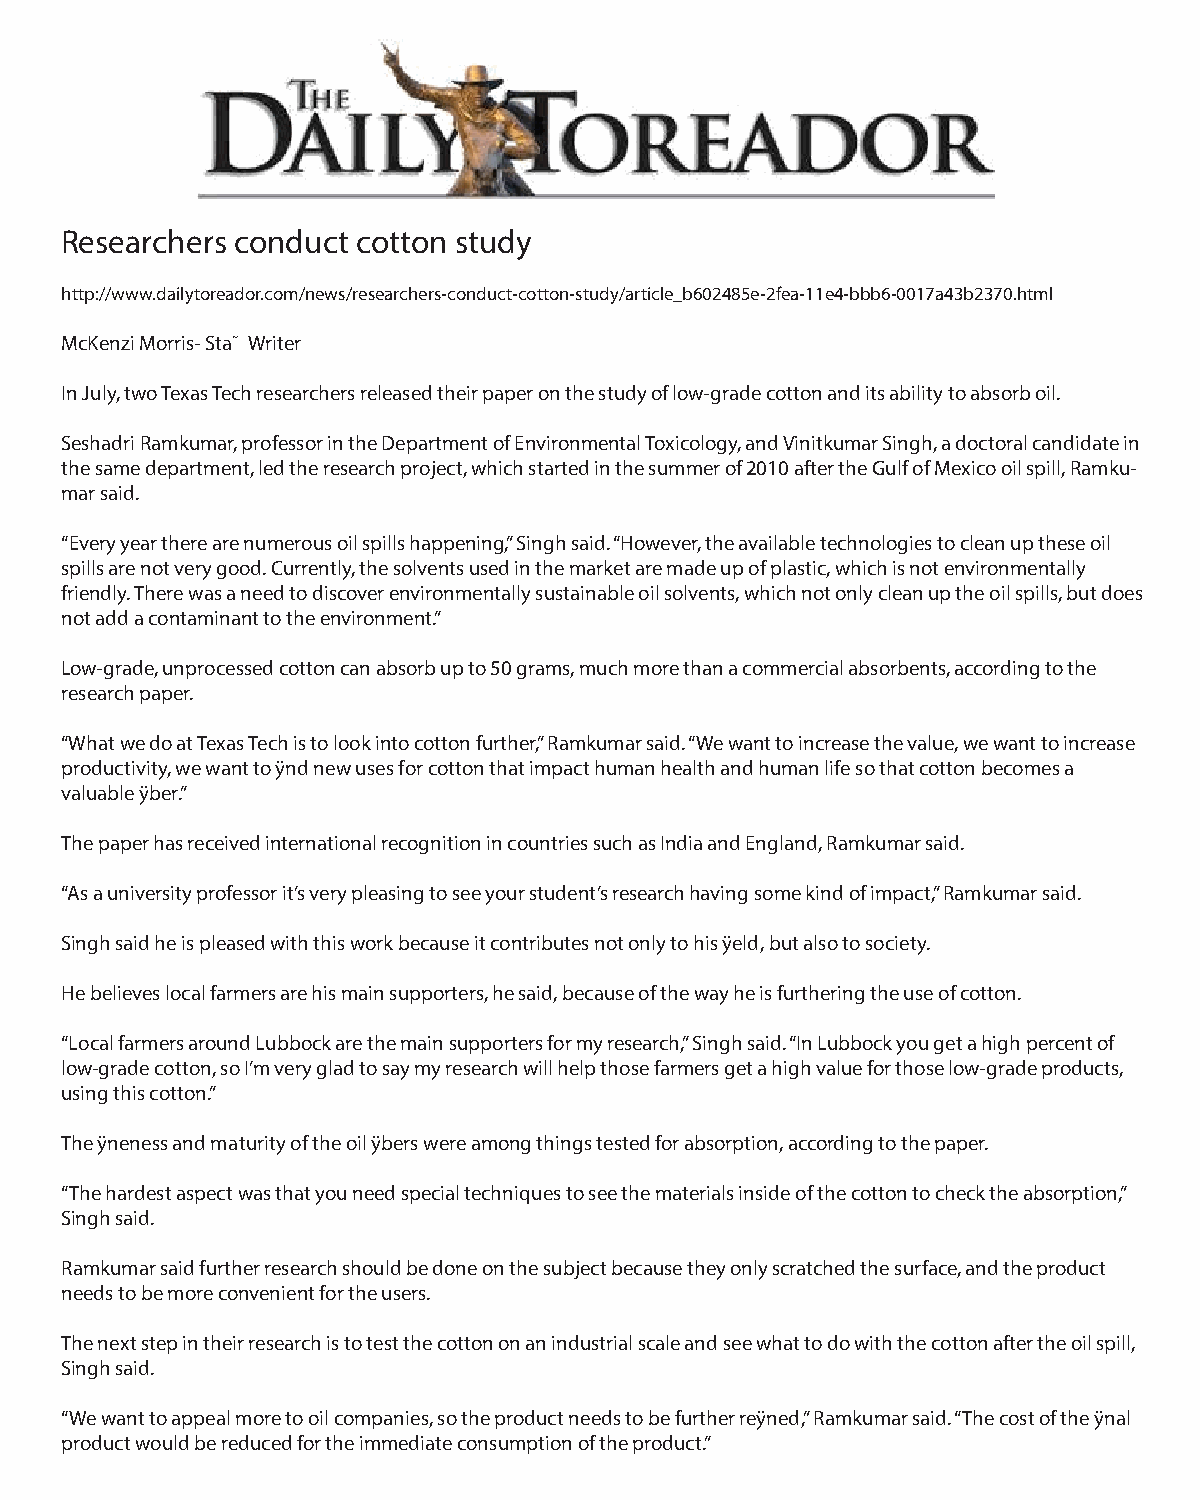
Researchers conduct cotton study
 http://www.dailytoreador.com/news/researchers-conduct-cotton-study/article_b602485e-2fea-11e4-bbb6-0017a43b2370.html
 McKenzi Morris- Sta˜ Writer
 In July, two Texas Tech researchers released their paper on the study of low-grade cotton and its ability to absorb oil.
 Seshadri Ramkumar, professor in the Department of Environmental Toxicology, and Vinitkumar Singh, a doctoral candidate in
 the same department, led the research project, which started in the summer of 2010 after the Gulf of Mexico oil spill, Ramku-
 mar said.
 “Every year there are numerous oil spills happening,” Singh said. “However, the available technologies to clean up these oil
 spills are not very good. Currently, the solvents used in the market are made up of plastic, which is not environmentally
 friendly. There was a need to discover environmentally sustainable oil solvents, which not only clean up the oil spills, but does
 not add a contaminant to the environment.”
 Low-grade, unprocessed cotton can absorb up to 50 grams, much more than a commercial absorbents, according to the
 research paper.
 “What we do at Texas Tech is to look into cotton further,” Ramkumar said. “We want to increase the value, we want to increase
 productivity, we want to ÿnd new uses for cotton that impact human health and human life so that cotton becomes a
 valuable ÿber.”
 The paper has received international recognition in countries such as India and England, Ramkumar said.
 “As a university professor it’s very pleasing to see your student’s research having some kind of impact,” Ramkumar said.
 Singh said he is pleased with this work because it contributes not only to his ÿeld, but also to society.
 He believes local farmers are his main supporters, he said, because of the way he is furthering the use of cotton.
 “Local farmers around Lubbock are the main supporters for my research,” Singh said. “In Lubbock you get a high percent of
 low-grade cotton, so I’m very glad to say my research will help those farmers get a high value for those low-grade products,
 using this cotton.”
 The ÿneness and maturity of the oil ÿbers were among things tested for absorption, according to the paper.
 “The hardest aspect was that you need special techniques to see the materials inside of the cotton to check the absorption,”
 Singh said.
 Ramkumar said further research should be done on the subject because they only scratched the surface, and the product
 needs to be more convenient for the users.
 The next step in their research is to test the cotton on an industrial scale and see what to do with the cotton after the oil spill,
 Singh said.
 “We want to appeal more to oil companies, so the product needs to be further reÿned,” Ramkumar said. “The cost of the ÿnal
 product would be reduced for the immediate consumption of the product.”